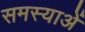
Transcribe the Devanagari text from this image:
समस्याअें